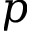
p